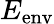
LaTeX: E_{\textrm{env}}